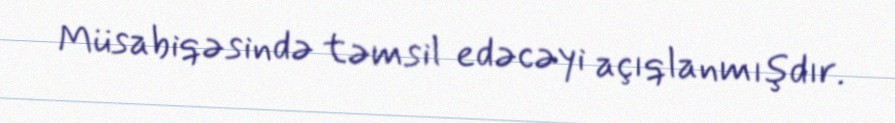
Müsabiqəsində təmsil edəcəyi açıqlanmışdır.